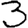
Digit: 3